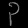
Digit: ၃